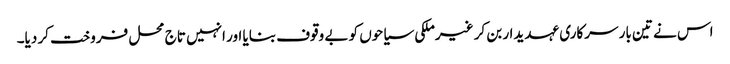
اس نے تین بار سرکاری عہدیدار بن کر غیرملکی سیاحوں کو بے وقوف بنایا اور انہیں تاج محل فروخت کر دیا۔